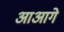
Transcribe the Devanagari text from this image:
आआगे